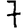
Digit: 7